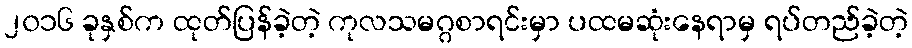
၂၀၁၆ ခုနှစ်က ထုတ်ပြန်ခဲ့တဲ့ ကုလသမဂ္ဂစာရင်းမှာ ပထမဆုံးနေရာမှ ရပ်တည်ခဲ့တဲ့